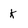
Character: k